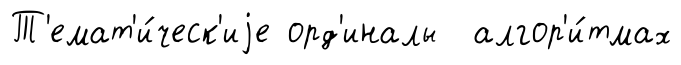
Т'емат'и́ческ'иjе орд'иналы алгор'и́тмах